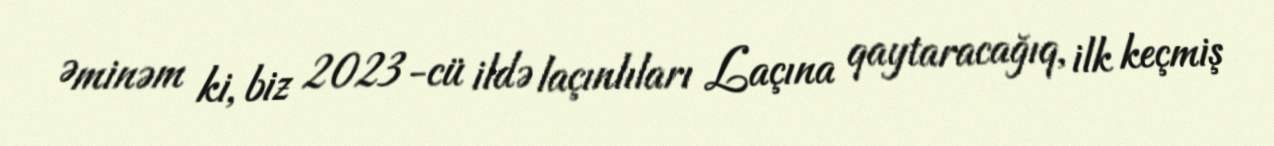
Əminəm ki, biz 2023-cü ildə laçınlıları Laçına qaytaracağıq, ilk keçmiş